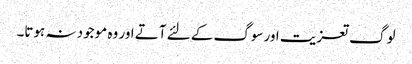
لوگ تعزیت اورسوگ کے لئے آتے اور وہ موجود نہ ہوتا۔